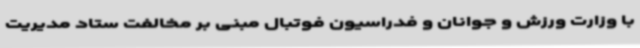
با وزارت ورزش و جوانان و فدراسیون فوتبال مبنی بر مخالفت ستاد مدیریت